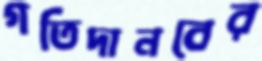
গতিদানবের